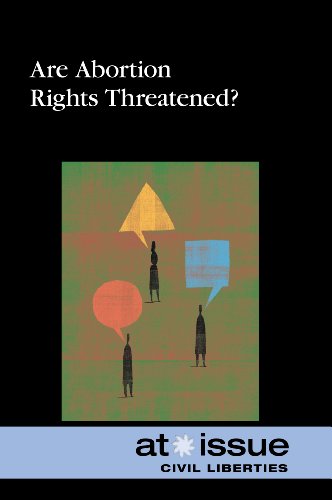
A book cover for Are Abortion Rights Threatened? (At Issue); Tamara L. Roleff; Teen & Young Adult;